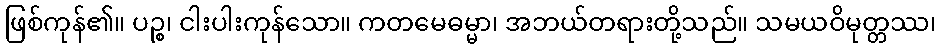
ဖြစ်ကုန်၏။ ပဉ္စ၊ ငါးပါးကုန်သော။ ကတမေဓမ္မာ၊ အဘယ်တရားတို့သည်။ သမယဝိမုတ္တဿ၊